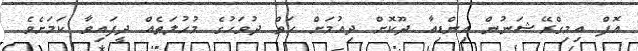
އޮފް އިމިގްރޭޝަނުން އިންޑިއާ ދޫކޮށް ދިއުމަށް ހަތް ދުވަހުގެ މުހުލަތެއް ދީފައިވާ ކަމަށެވެ.